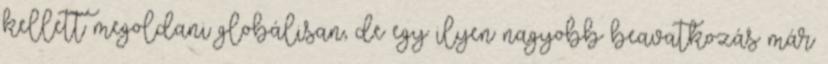
kellett megoldani globálisan, de egy ilyen nagyobb beavatkozás már